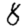
Digit: 8